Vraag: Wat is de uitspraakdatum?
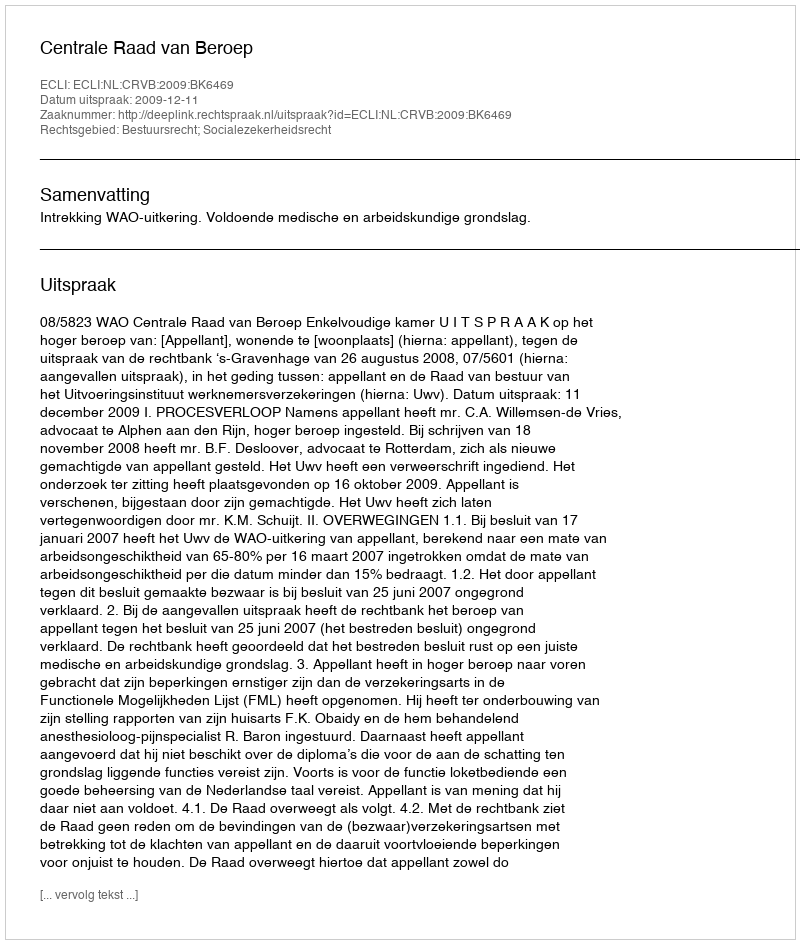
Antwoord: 2009-12-11